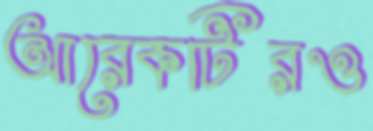
আরেকটিরও